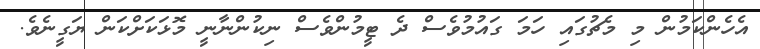
އެހެންކަމުން މި މެޗުގައި ހަމަ ގައުމުވެސް ދެ ޓީމުންވެސް ނިކުންނާނީ މޮޅަކަށްކަން ޔަގީނެވެ.